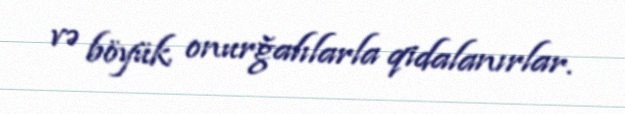
və böyük onurğalılarla qidalanırlar.